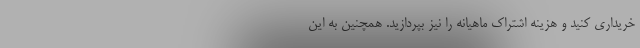
خریداری کنید و هزینه اشتراک ماهیانه را نیز بپردازید. همچنین به این